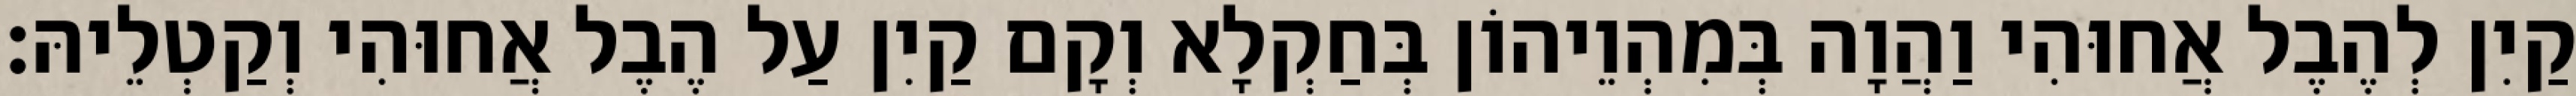
קַיִן לְהֶבֶל אֲחוּהִי וַהֲוָה בְּמִהְוֵיהוֹן בְּחַקְלָא וְקָם קַיִן עַל הֶבֶל אֲחוּהִי וְקַטְלֵיהּ׃